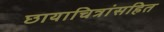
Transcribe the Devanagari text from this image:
छायाचित्रांसहित